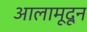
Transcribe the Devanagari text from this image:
आलामूदून